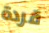
قردة